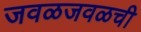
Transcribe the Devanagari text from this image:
जवळजवळची